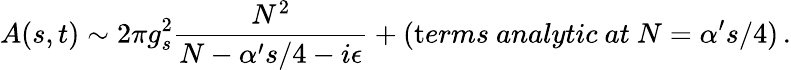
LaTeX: A(s,t)\sim 2\pi g_{s}^{2}{\frac{N^{2}}{N-\alpha^{\prime}s/4-i\epsilon}}+({\mathrm terms~analytic~at}~N=\alpha^{\prime}s/4)\, .